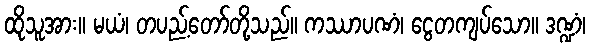
ထိုသူအား။ မယံ၊ တပည့်တော်တို့သည်။ ကဿာပဏံ၊ ငွေတကျပ်သော။ ဒဏ္ဍံ၊